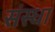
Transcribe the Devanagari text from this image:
संस्धा